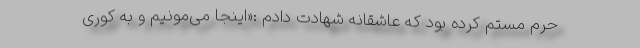
حرم مستم کرده بود که عاشقانه شهادت دادم :«اینجا می‌مونیم و به کوری